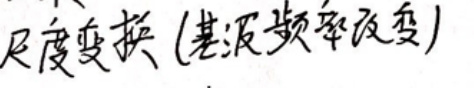
尺度变换(基波频率改变)